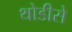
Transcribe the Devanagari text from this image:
थोडीसे